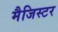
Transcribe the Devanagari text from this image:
मैजिस्टर